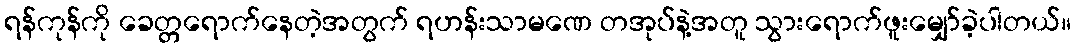
ရန်ကုန်ကို ခေတ္တရောက်နေတဲ့အတွက် ရဟန်းသာမဏေ တအုပ်နဲ့အတူ သွားရောက်ဖူးမျှော်ခဲ့ပါတယ်။